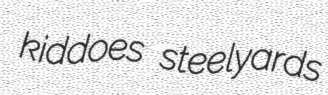
kiddoes steelyards